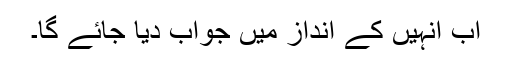
اب انہیں کے انداز میں جواب دیا جائے گا۔